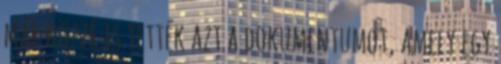
már közzé is tették azt a dokumentumot, amely egy